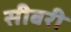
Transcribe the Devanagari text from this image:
सीबरी